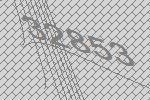
32853